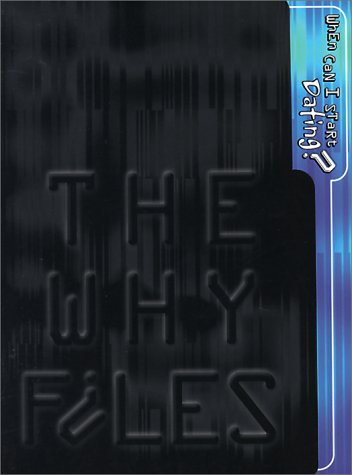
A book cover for When Can I Start Dating?: Questions about Love, Sex, and a Cure for Zits (Why Files); James N. Watkins; Teen & Young Adult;